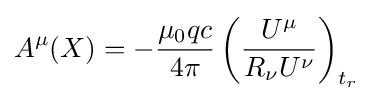
A^{\mu }(X)=-{\frac {\mu _{0}qc}{4\pi }}\left({\frac {U^{\mu }}{R_{\nu }U^{\nu }}}\right)_{t_{r}}